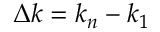
\Delta k = k _ { n } - k _ { 1 }